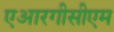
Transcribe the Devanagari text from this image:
एआरगीसीएम